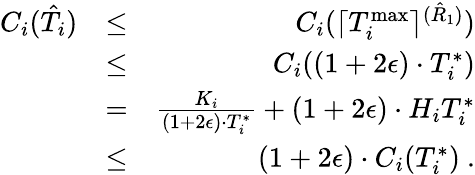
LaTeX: \begin{array}{rlr}{C_{i}(\hat{T}_{i})}&{\leq}&{C_{i}(\lceil T_{i}^{\operatorname*{max}}\rceil^{(\hat{R}_{1})})}\\ &{\leq}&{C_{i}((1+2\epsilon)\cdot T_{i}^{*})}\\ &{=}&{\frac{K_{i}}{(1+2\epsilon)\cdot T_{i}^{*}}+(1+2\epsilon)\cdot H_{i}T_{i}^{*}}\\ &{\leq}&{(1+2\epsilon)\cdot C_{i}(T_{i}^{*})\ .}\end{array}